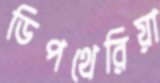
ডিপথেরিয়া